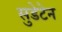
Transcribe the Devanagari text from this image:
सुडेटेन